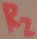
Text: R2